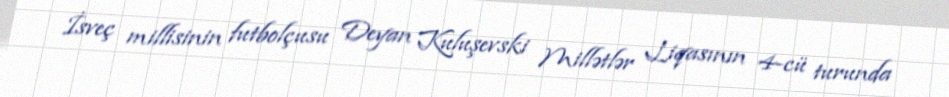
İsveç millisinin futbolçusu Deyan Kuluşevski Millətlər Liqasının 4-cü turunda